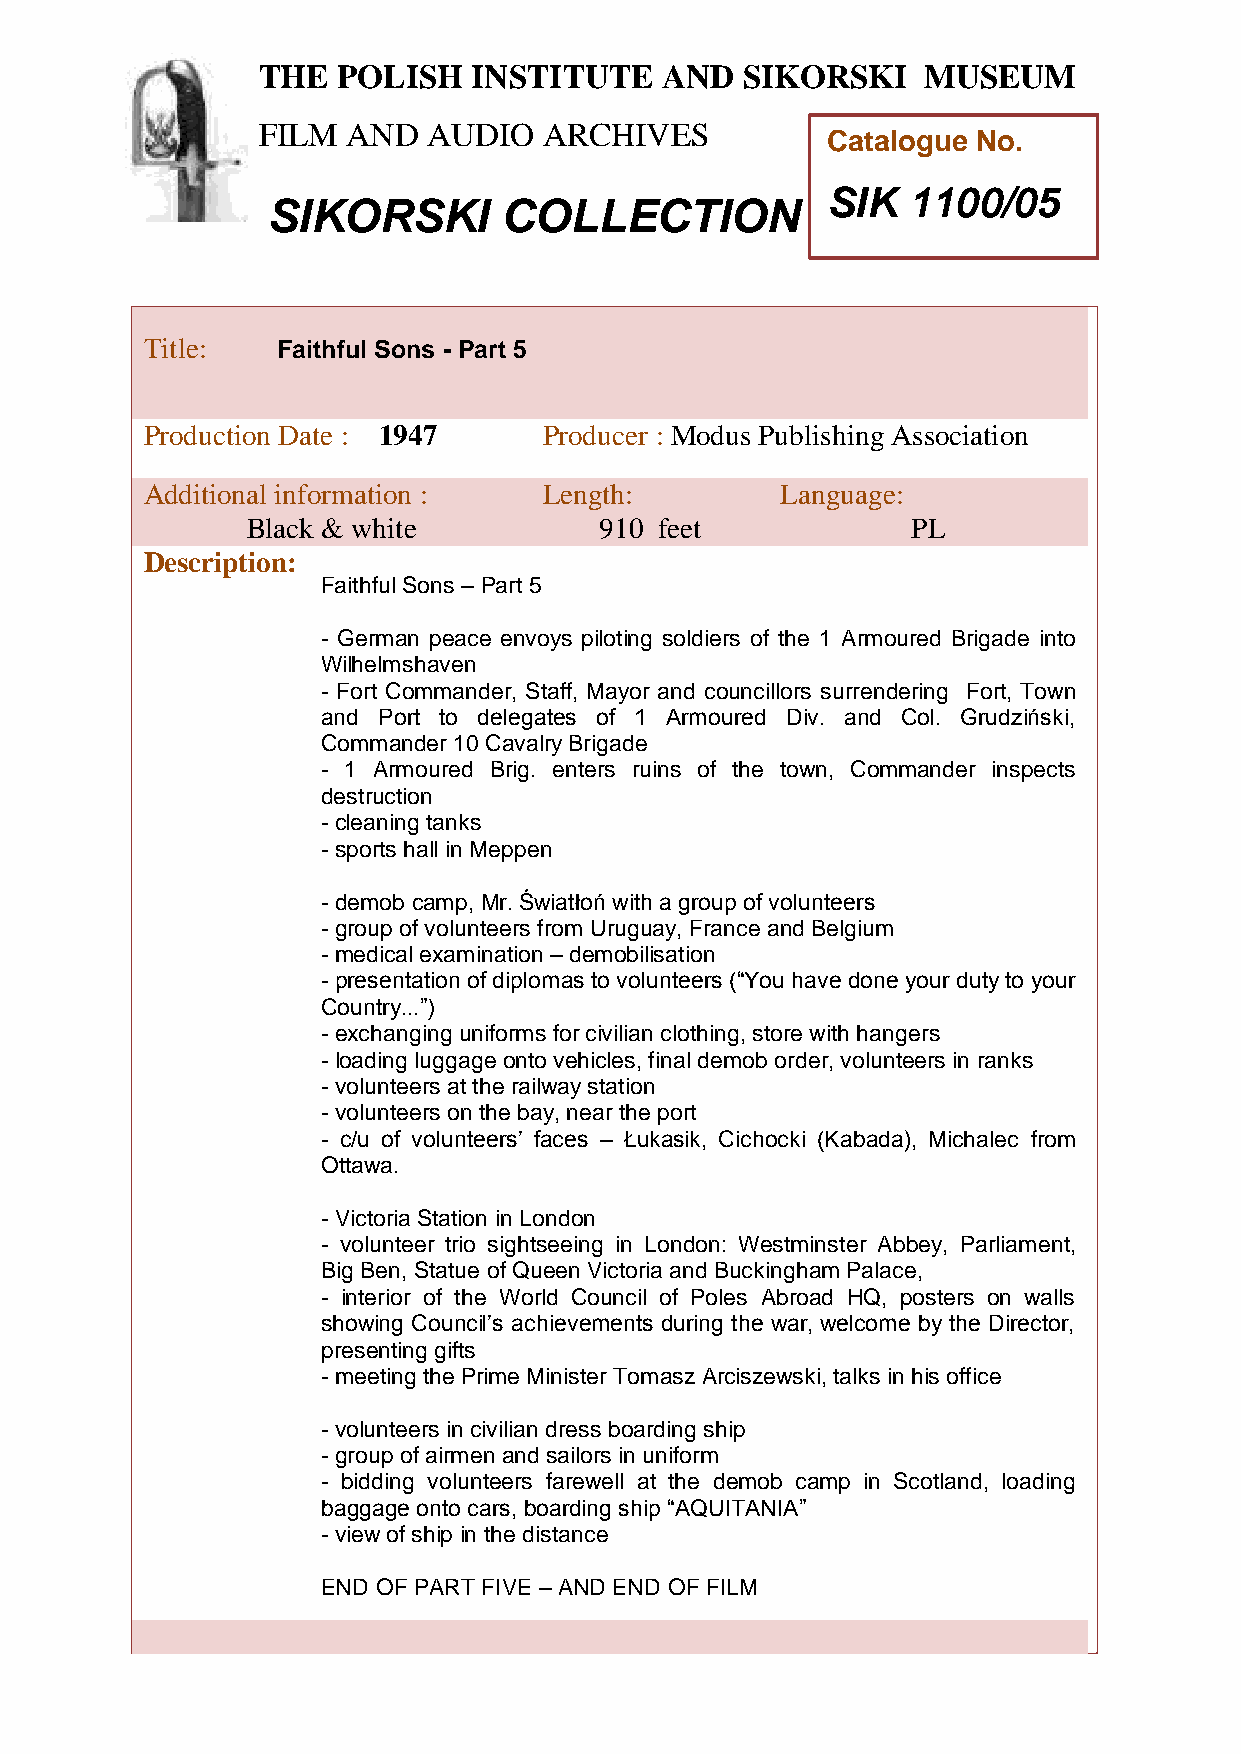
THE  POLISH   INSTITUTE    AND  SIKORSKI    MUSEUM
 FILM  AND  AUDIO   ARCHIVES
 Catalogue No.
 SIK  1100/05
 SIKORSKI       COLLECTION
 TTitle:     Faithful Sons - Part 5
 h
 e
 Pro duction Date : 1947    Producer : Modus Publishing Association
 P
 Additional information :   Length:         Language:
 o
 Bllack & white          910 feet            PL
 i
 Descriptions:
 Faithful Sons – Part 5
 h
 - GeIrman peace envoys piloting soldiers of the 1 Armoured Brigade into
 Wilhenlmshaven
 - Fort Csommander, Staff, Mayor and councillors surrendering Fort, Town
 and Port tto delegates of 1 Armoured Div. and Col. Grudziński,
 i
 Commander 1t0 Cavalry Brigade
 - 1 Armoured Brig. enters ruins of the town, Commander inspects
 u
 destruction t
 - cleaning tanks
 e
 - sports hall in Meppen
 a
 - demob camp, Mr. Światłoń with a group of volunteers
 n
 - group of volunteers from Uruguay, France and Belgium
 - medical examination – demodbilisation
 - presentation of diplomas to volunteers (“You have done your duty to your
 Country...”)           S
 i
 - exchanging uniforms for civilian clothing, store with hangers
 k
 - loading luggage onto vehicles, final demob order, volunteers in ranks
 - volunteers at the railway station o
 r
 - volunteers on the bay, near the port
 - c/u of volunteers’ faces – Łukasik, Cichocski (Kabada), Michalec from
 Ottawa.                          k
 i
 - Victoria Station in London
 - volunteer trio sightseeing in London: WestminsterM Abbey, Parliament,
 Big Ben, Statue of Queen Victoria and Buckingham Palace,
 u
 - interior of the World Council of Poles Abroad HQ, posters on walls
 s
 showing Council’s achievements during the war, welcome by the Director,
 presenting gifts                           e
 - meeting the Prime Minister Tomasz Arciszewski, talks in his officeu
 - volunteers in civilian dress boarding ship   m
 - group of airmen and sailors in uniform
 - bidding volunteers farewell at the demob camp in Scotland, loading
 baggage onto cars, boarding ship “AQUITANIA”
 - view of ship in the distance
 END OF PART FIVE – AND END OF FILM